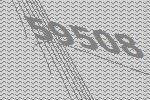
59508